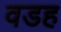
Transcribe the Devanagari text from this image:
वडह